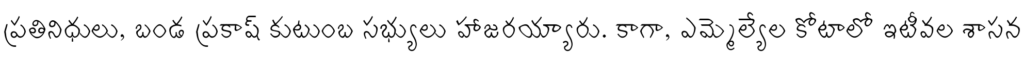
ప్రతినిధులు, బండ ప్రకాష్ కుటుంబ సభ్యులు హాజరయ్యారు. కాగా, ఎమ్మెల్యేల కోటాలో ఇటీవల శాసన